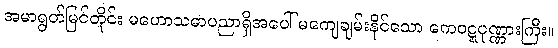
အမာရွတ်မြင်တိုင်း မဟောသဓာပညာရှိအပေါ် မကျေချမ်းနိုင်သော ကေဝဋ္ဋပုဏ္ဏားကြီး။